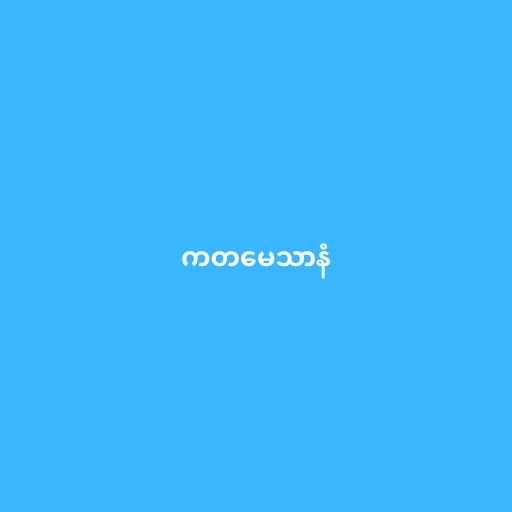
ကတမေသာနံ